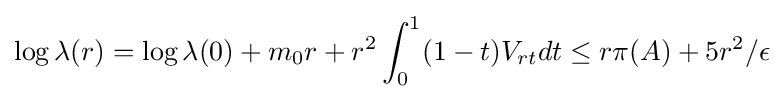
{\begin{aligned}\log \lambda (r)=\log \lambda (0)+m_{0}r+r^{2}\int _{0}^{1}(1-t)V_{rt}dt\leq r\pi (A)+5r^{2}/\epsilon \end{aligned}}